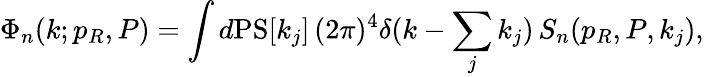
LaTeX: \Phi_{n}(k;p_{R},P)=\int d\mathrm{PS}[k_{j}]\, (2\pi)^{4}\delta(k-\sum_{j}k_{j})\, S_{n}(p_{R},P,k_{j}),